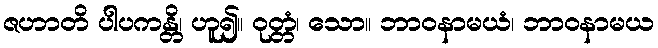
ဇဟာတိ ပါပကန္တိ၊ ဟူ၍။ ဝုတ္တံ၊ သော။ ဘာဝနာမယံ၊ ဘာဝနာမယ